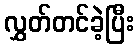
လွှတ်တင်ခဲ့ပြီး